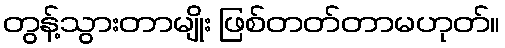
တွန့်သွားတာမျိုး ဖြစ်တတ်တာမဟုတ်။